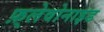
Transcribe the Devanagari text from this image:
फ़्लेवोनाइड